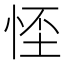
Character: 𢚬